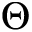
\Theta